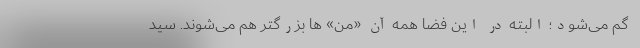
گم می‌شود؛ البته در این فضا همه آن «من» ها بزرگتر هم می‌شوند. سید